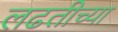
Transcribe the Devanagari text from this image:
लढतीच्या